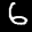
Label: 6